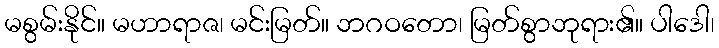
မစွမ်းနိုင်။ မဟာရာဇ၊ မင်းမြတ်။ ဘဂဝတော၊ မြတ်စွာဘုရား၏။ ပါဒေါ၊